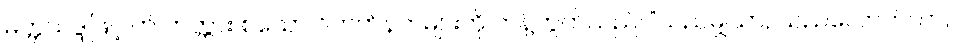
မတ္တသဒ္ဒါဖြင့် ကံ ကတ္တား စသော ဝိဘတ်နက်များကို ကန့်ကွက်သည်၊ “သည်မျှသာ, သည်လောက်သာ,